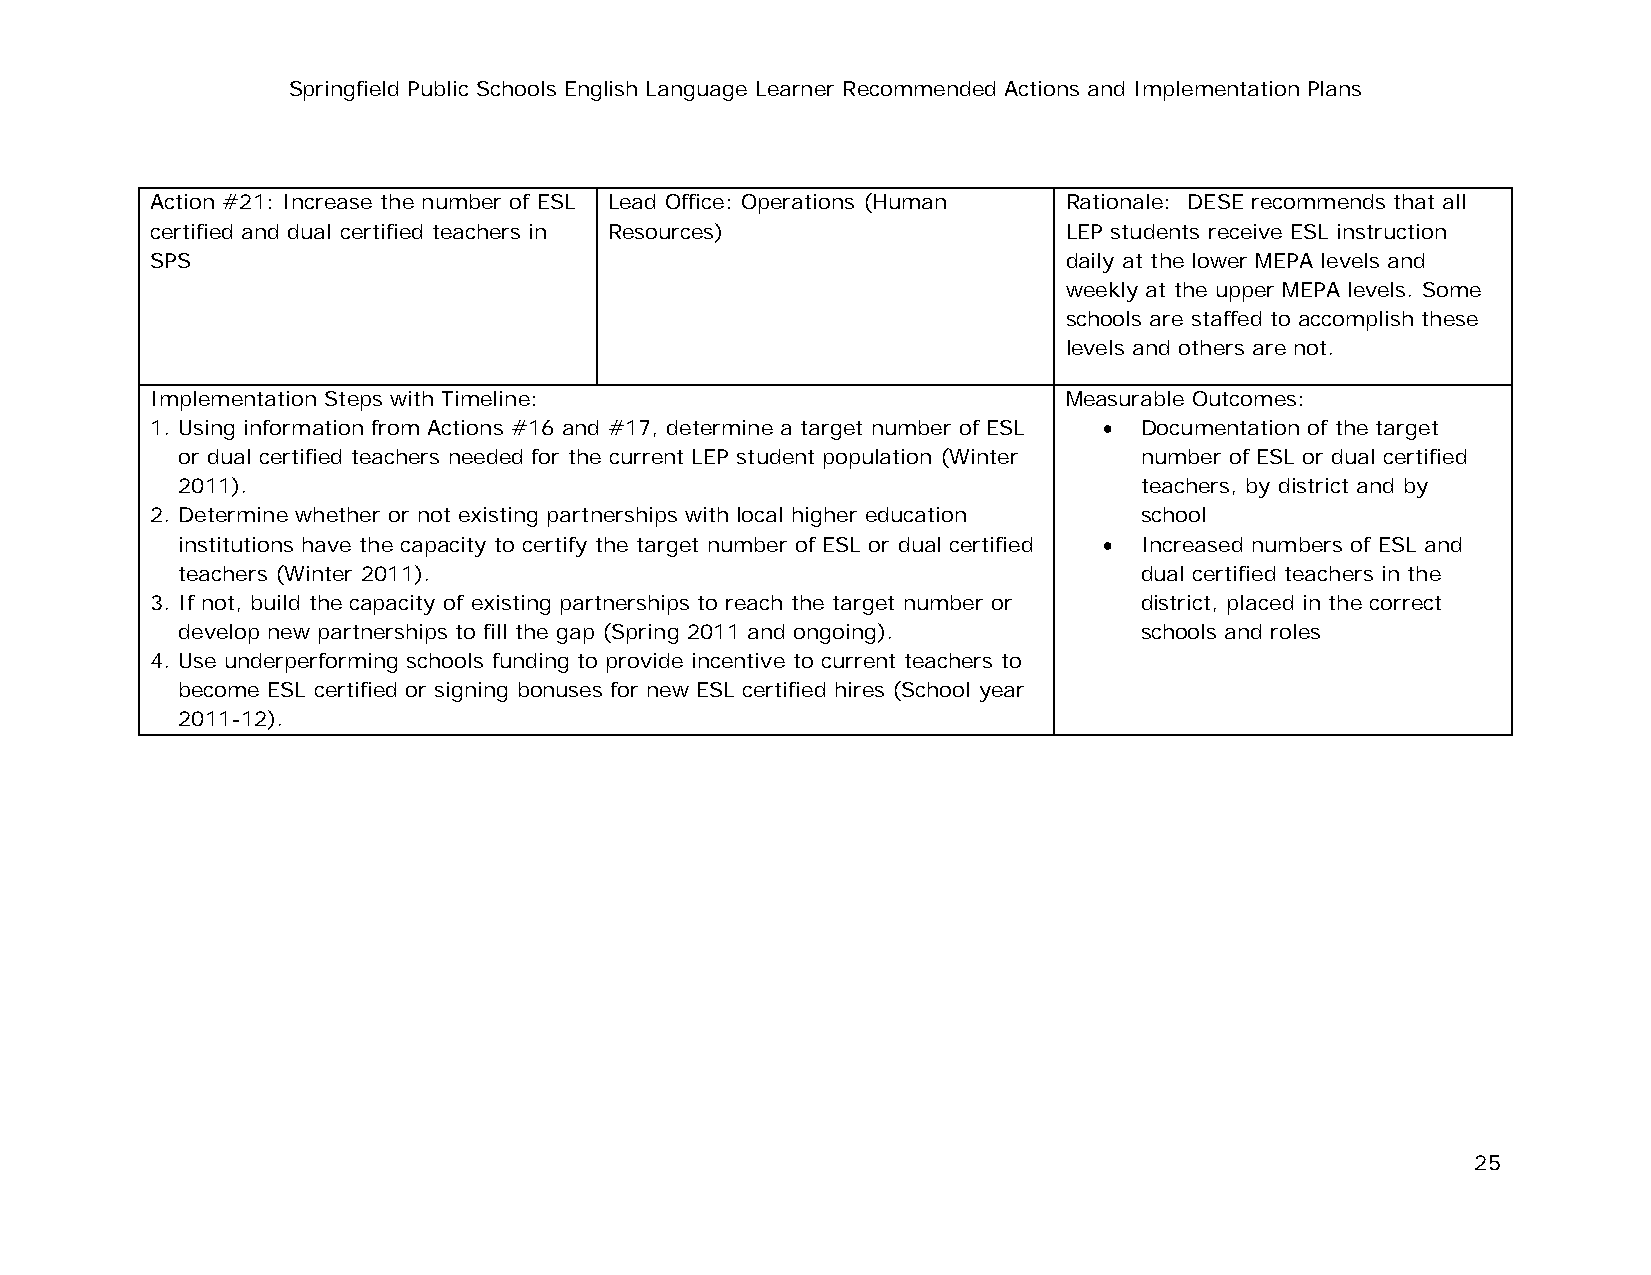
Springfield Public Schools English Language Learner Recommended Actions and Implementation Plans
 Action #21: Increase the number of ESL Lead Office: Operations (Human Rationale: DESE recommends that all
 certified and dual certified teachers in Resources)          LEP students receive ESL instruction
 SPS                                                          daily at the lower MEPA levels and
 weekly at the upper MEPA levels. Some
 schools are staffed to accomplish these
 levels and others are not.
 Implementation Steps with Timeline:                          Measurable Outcomes:
 1. Using information from Actions #16 and #17, determine a target number of ESL • Documentation of the target
 or dual certified teachers needed for the current LEP student population (Winter number of ESL or dual certified
 2011).                                                         teachers, by district and by
 2. Determine whether or not existing partnerships with local higher education school
 institutions have the capacity to certify the target number of ESL or dual certified • Increased numbers of ESL and
 teachers (Winter 2011).                                        dual certified teachers in the
 3. If not, build the capacity of existing partnerships to reach the target number or district, placed in the correct
 develop new partnerships to fill the gap (Spring 2011 and ongoing). schools and roles
 4. Use underperforming schools funding to provide incentive to current teachers to
 become ESL certified or signing bonuses for new ESL certified hires (School year
 2011-12).
 25